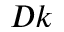
D k